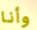
وأنا